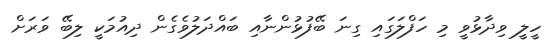
ހީލީ ވިދާޅުވީ މި ހަފްލަގައި ގިނަ ބޭފުޅުންނާއި ބައްދަލުވެގެން ދިއުމަކީ ލިބޭ ވަރަށް